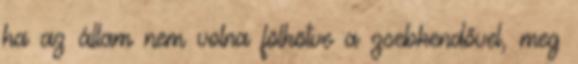
ha az állam nem volna fölkötve a zsebkendővel, meg